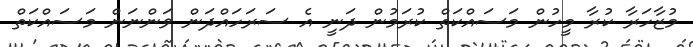
މުޒާހަރާ ކުރާ މީހުން މަސައްކަތް ކުރަމުން ދަނީ އެ ސަރަހައްދަން ވަންނަން މަސައްކަތް